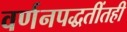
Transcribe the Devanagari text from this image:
वर्णनपद्धतींतही